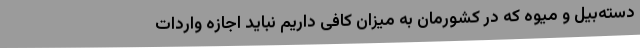
دسته‌بیل و میوه که در کشورمان به میزان کافی داریم نباید اجازه واردات